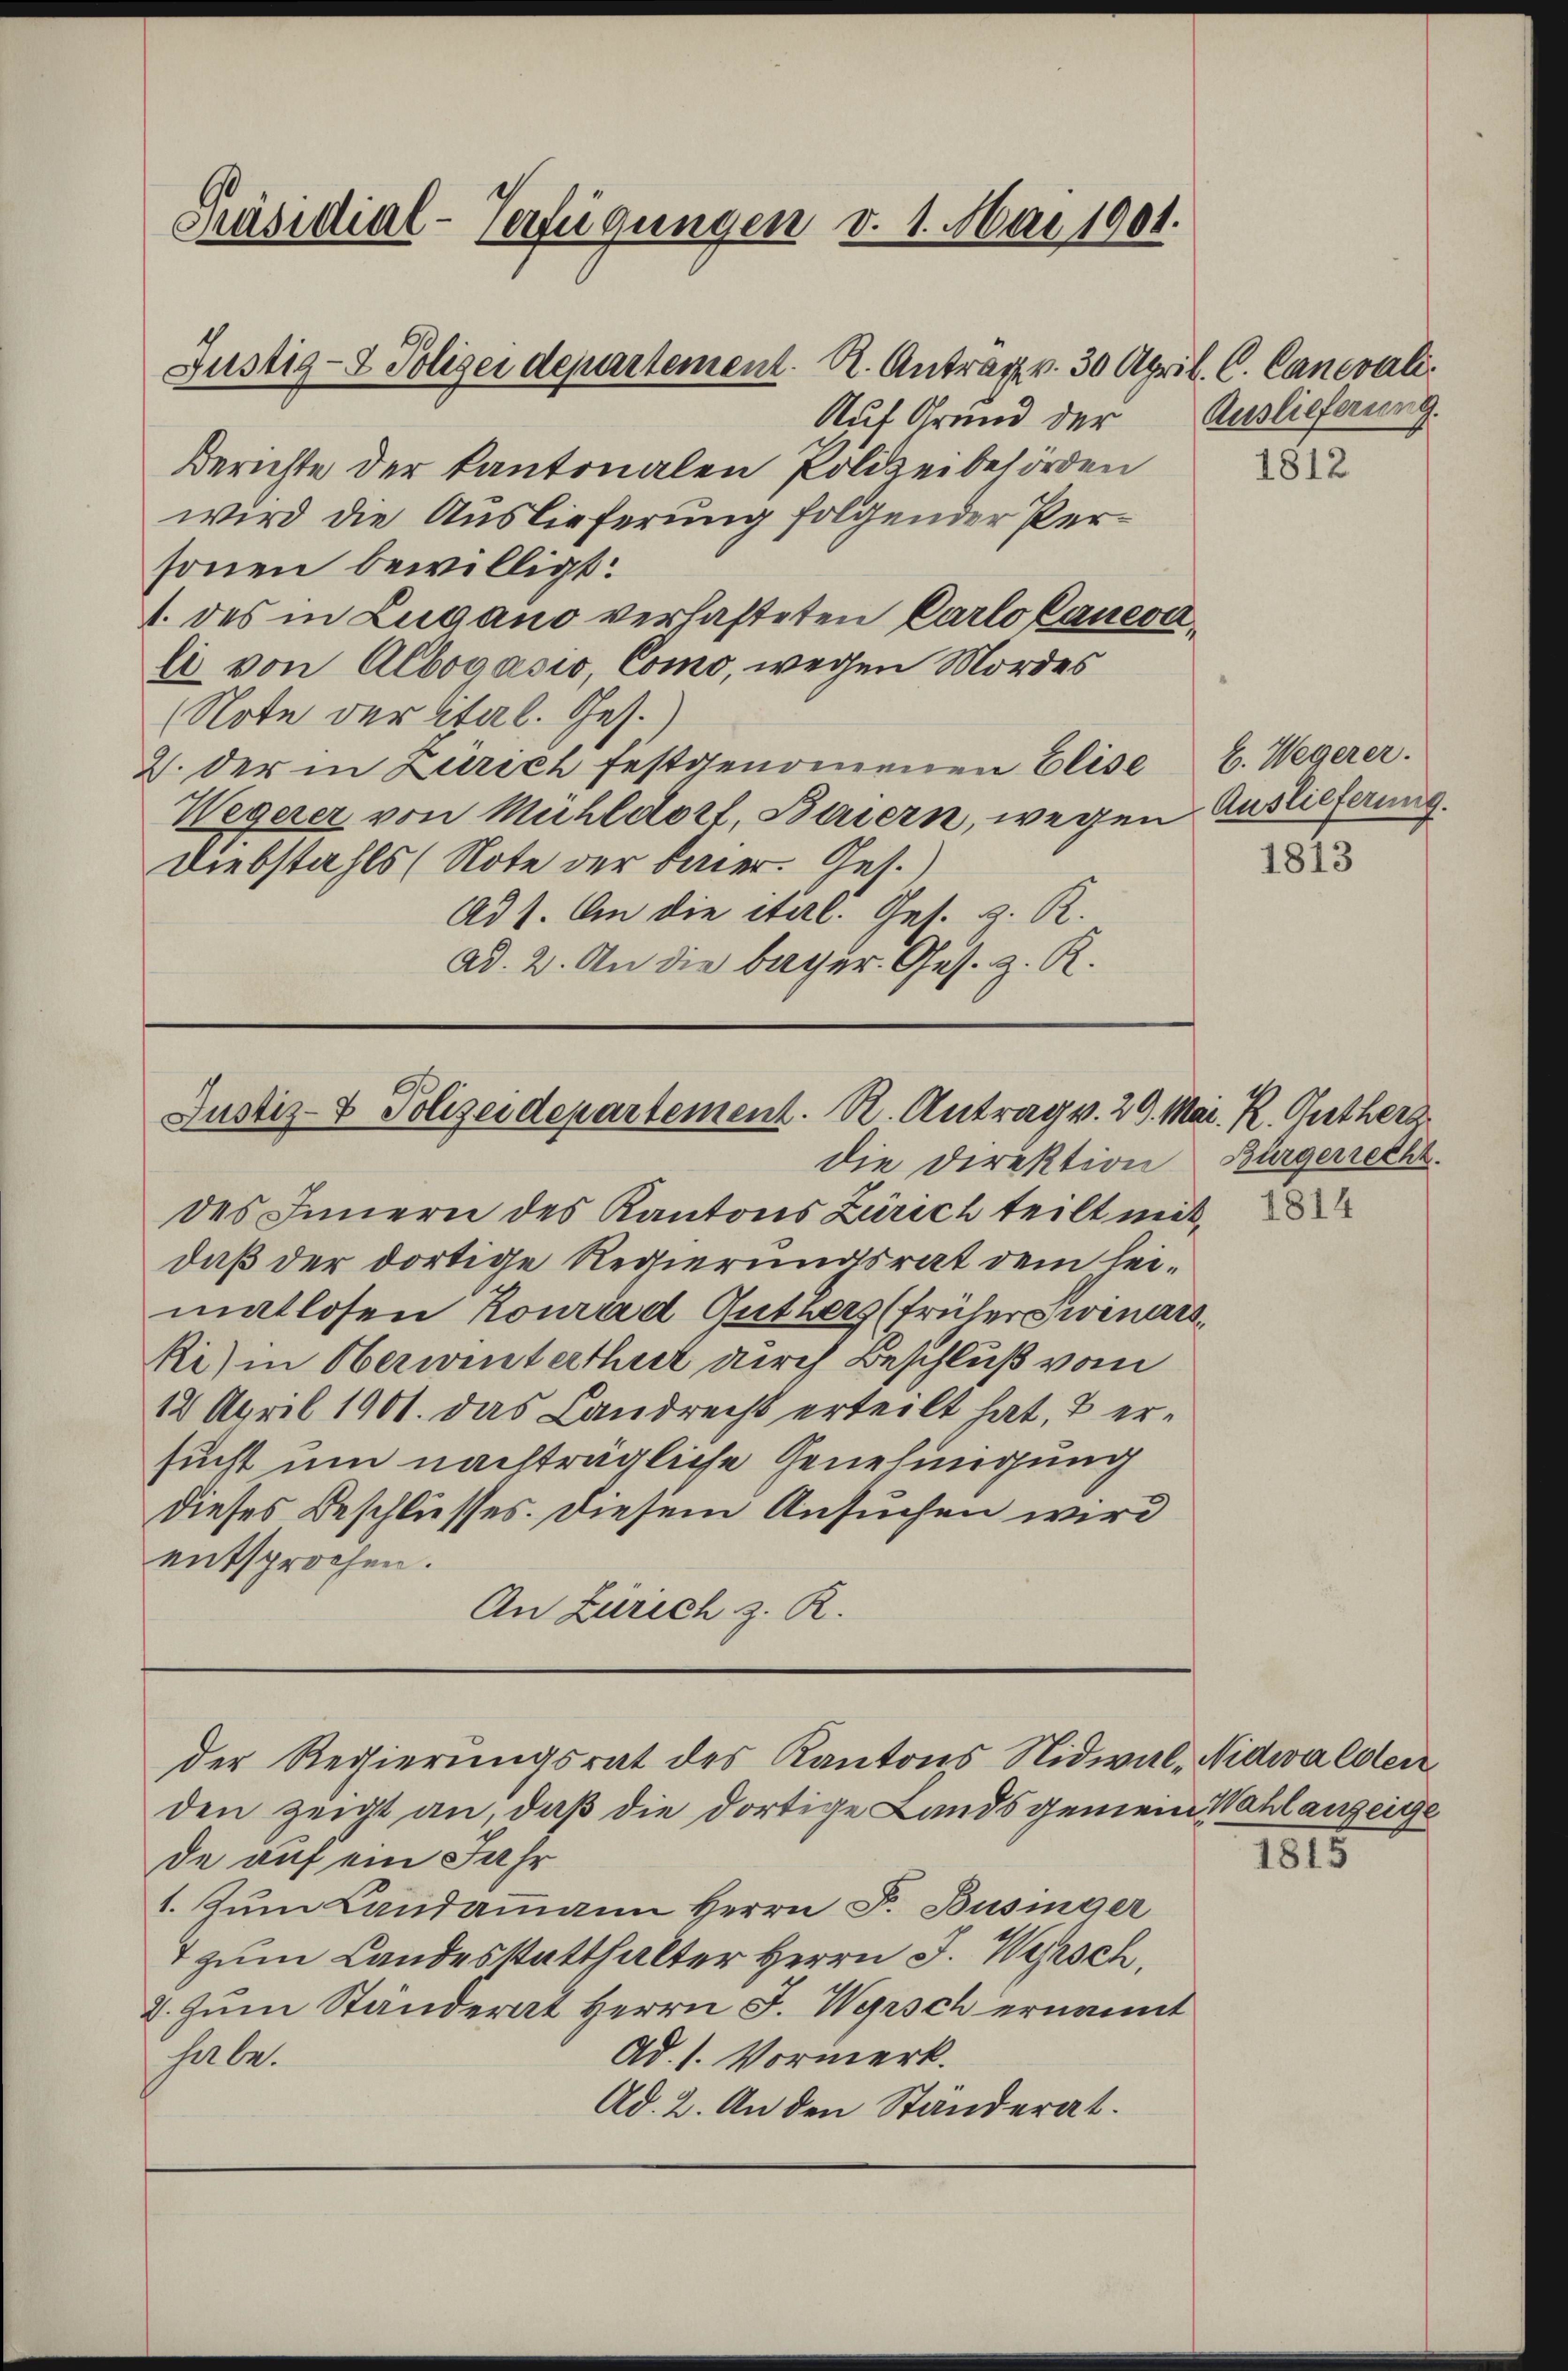
Präsidial-Verfügungen v. 1. Mai 1901.

Justiz- & Polizei departement. A. Antrag v. 30 April. C. Cancrali
Auf Grund der
Berichte der Kantonalen Polizeibehörden
wird die Auslieferung folgender Personen bewilligt:
1. des in Lugano verhafteten Carlo Canevali von Albogasio, Como, wegen Mordes
(Note der Stal. Ges.
2. der in Zürich festgenommenen Elise
Wegerer von Mühldort, Baiern, wegen Auslieferung.
Diebstahls (Note der Baier. Get.
Ad 1. An die ital. Ges. z. R.
ad. 2. An die beger Ges. z. R.

Justiz- & Polizeidepartement. R. Antrag v. 29. Mai. R. Gutherz
die Direktion

Auslieferung.

der Regierungsrat des Kantons Nidwal-Nidwalden
den zeigt an, daß die dortige Landsgemein Wahlanzeige

de auf ein Jahr
1. Zum Landammann Herrn F. Büsinger
7 zum Landesstatthalter Herrn J. Warsch
2. Zum Ständerat Herrn J. Wyrsch ernannt
Ad. 1. Vormerk.
habe.
Ad. 2. An den Ständerat.

des Innern des Kantons Zürich teilt mit,
daß der dortige Regierungsrat dem leimatlosen Konrad Guthers (früher Swinars
Ri) in Oberwinterthur durch Beschluß vom
12 April 1901. das Landrecht erteilt hat, & ersucht um nachträgliche Genehmigung
dieses Beschlusses. Diesem Ansuchen wird
entsprochen.
An Zürich z. R.

1812

E. Wegerer.

1813

Bürgerrecht.

1815